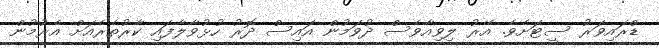
ޑްރައިވަރު ސީޓަށެވެ. އޭރު ލިވިއާވެސް ދުވަމުން އައިސް ދޮރު ހުޅުވާލާފައި ކާރުތެރެއަށް އެރުމުން